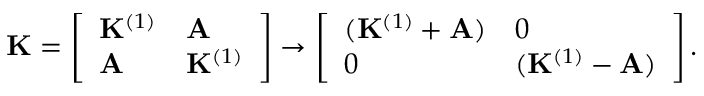
\mathbf { K } = \left[ \begin{array} { l l } { \mathbf { K } ^ { ( 1 ) } } & { \mathbf { A } } \\ { \mathbf { A } } & { \mathbf { K } ^ { ( 1 ) } } \end{array} \right] \rightarrow \left[ \begin{array} { l l } { ( \mathbf { K } ^ { ( 1 ) } + \mathbf { A } ) } & { 0 } \\ { 0 } & { ( \mathbf { K } ^ { ( 1 ) } - \mathbf { A } ) } \end{array} \right] .